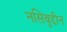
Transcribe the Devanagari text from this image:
नसिबुद्दीन